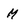
Character: M